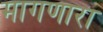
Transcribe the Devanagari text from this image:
मागणारा